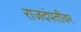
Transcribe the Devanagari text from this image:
राजदंपतीवर